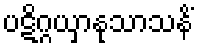
ပဋိဂ္ဂယှာနုသာသနိံ